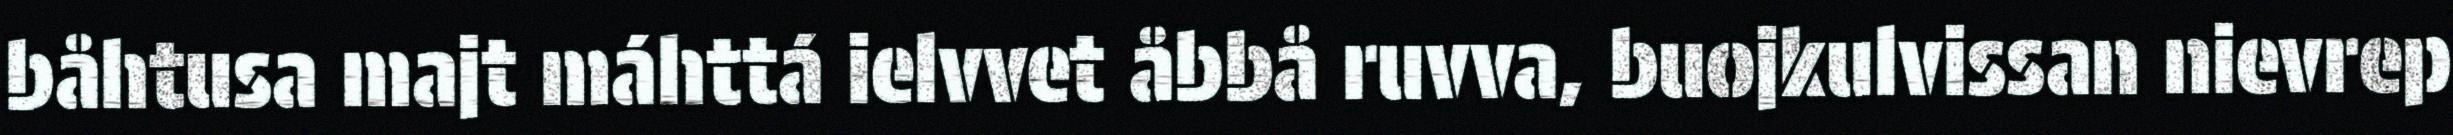
båhtusa majt máhttá ielvvet åbbå ruvva, buojkulvissan nievrep